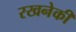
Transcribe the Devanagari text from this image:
रखनेकी